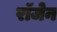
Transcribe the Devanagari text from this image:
रॉजेन